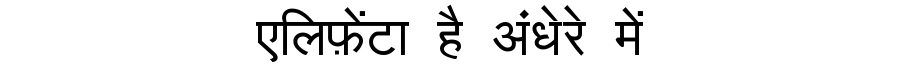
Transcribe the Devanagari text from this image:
एलिफ़ेंटा है अंधेरे में